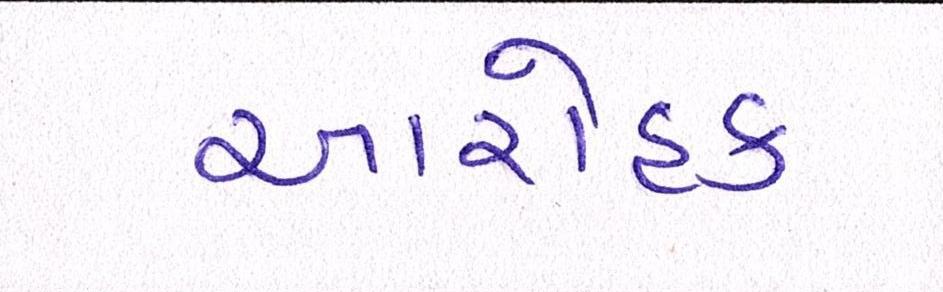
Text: આરોહક